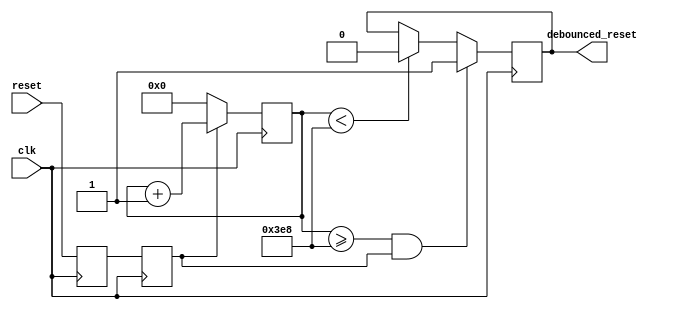
//*************************************************//
//             University of Thessaly              //
//                                                 //
//            ECE 340 Embedded Systems             //
//                                                 //
//                      Lab 1                      //
//       32-bit Floating Point Addition Unit       //
//*************************************************//
//          Topali Konstantina AEM: 2823           //
//                                                 //
// Contact: kyspyridon@uth.gr                      //
//          tokonstantina@uth.gr                   //
//*************************************************//
// Supervising Professor: Dr. Nikolaos Bellas      //
// Laboratory Assistant: Alexandros Patras         //
//*************************************************//

`timescale 1ns/10ps

module reset_antibounce (clk, reset, debounced_reset);
  input clk, reset;
  output debounced_reset;

  reg debounced_reset;
  reg temp_reset, reset_sync;

  // Counter counts the cycles that reset is equal to 1 //
  reg [29:0] counter;
   
  // Limit is the parameter that is used as an upper limit of //
  // the cycles needed to consider the reset signal stable    //
  // The reset signal is active high                          //
  parameter limit = 1000; // 2 (lower values used for simulation purposes) //

  // Reset synchronization //
  // It takes the asynchronous reset and produces //
  // the synchronized reset, using two flip flops //
  always @(posedge clk)
    begin
      temp_reset <= reset;
      reset_sync <= temp_reset;
    end

  // Filter unwanted pulses due to button spring oscillations //
  // When reset_sync is equal to 1, increment the counter by  //
  // 1, else if reset_sync = 0, reset the counter to 0.       //
  // When the counter is greater or equal than limit and      //
  // reset_sync is equal to 1'b1, make reset_out 1'b1, else   //
  // reset_out is equal to 1'b0, filtering possible bounces.  //
  always @(posedge clk)   
    begin
      if (reset_sync == 1'b1)
        begin
          counter <= counter + 1'b1;
        end
      else 
        begin
          counter <= 1'b0;
        end

      if (counter >= limit && reset_sync == 1'b1)
        begin
          debounced_reset <= 1'b1;
        end
      else if (counter < limit)
        begin
          debounced_reset <= 1'b0;
        end
    end

endmodule